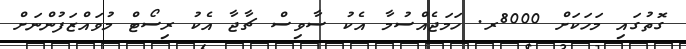
ގޮތުގައި މަހަކަށް 8000ރ. ހަމަޖެއްސުމާ އެކު ސާވިސް ޗާޖާ އެކު ރިސޯޓް މުވައްޒަފުންނަށް